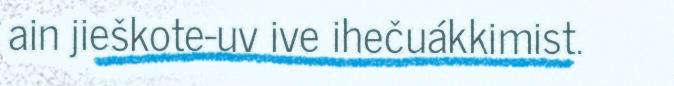
ain jieškote-uv ive ihečuákkimist.